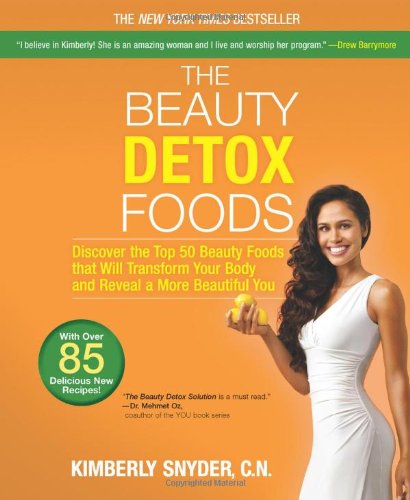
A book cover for The Beauty Detox Foods: Discover the Top 50 Beauty Foods That Will Transform Your Body and Reveal a More Beautiful You; Kimberly Snyder; Health, Fitness & Dieting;